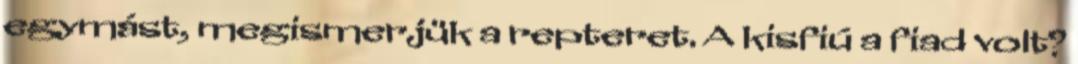
egymást, megismerjük a repteret. A kisfiú a fiad volt?